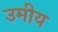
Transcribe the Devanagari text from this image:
उमीय